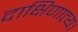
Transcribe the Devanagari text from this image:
दाक्षिणात्य।